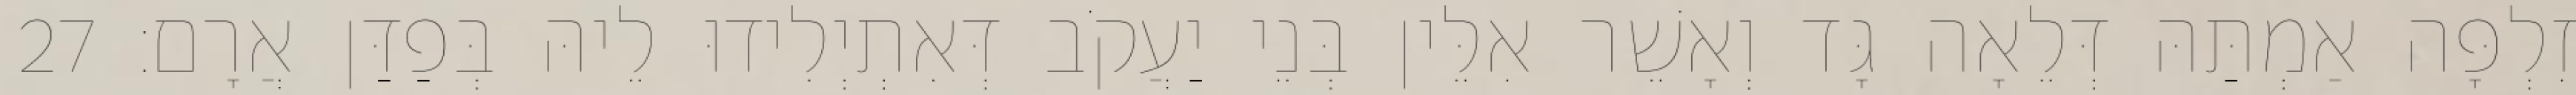
זִלְפָּה אַמְתַּהּ דְּלֵאָה גָּד וְאָשֵׁר אִלֵּין בְּנֵי יַעֲקֹב דְּאִתְיְלִידוּ לֵיהּ בְּפַדַּן אֲרָם׃ 27